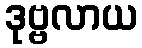
ဒုဗ္ဗလာယ